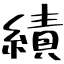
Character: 績